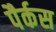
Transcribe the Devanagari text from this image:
पैर्कस